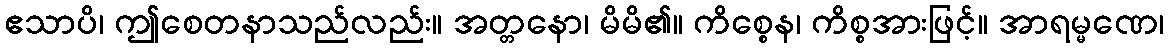
ဧသာပိ၊ ဤစေတနာသည်လည်း။ အတ္တနော၊ မိမိ၏။ ကိစ္စေန၊ ကိစ္စအားဖြင့်။ အာရမ္မဏေ၊